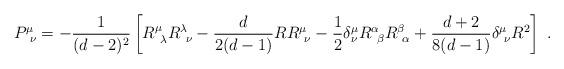
LaTeX: \begin{align*}P^\mu_{\ \nu } = -{1\over (d-2)^2} \left[ R^\mu_{\ \lambda} R^\lambda_{\ \nu} -{d\over 2(d-1)}R R^\mu_{\ \nu} -{1\over 2}\delta^\mu_\nu R^\alpha_{\ \beta} R^\beta_{\ \alpha} +{d+2\over 8(d-1)} \delta^\mu_{\ \nu} R^2 \right] \ .\end{align*}